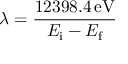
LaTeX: \lambda = { \frac { 1 2 3 9 8 . 4 \, { \mathrm { e V } } } { E _ { \mathrm { i } } - E _ { \mathrm { f } } } }